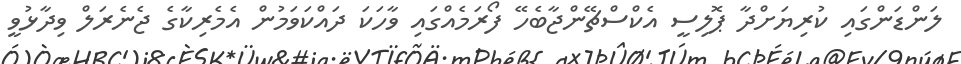
ލަންޑަންގައި ކުރިޔަށްދާ ޕޮލިސީ އެކްސްޗޭންޖާބެހޭ ފޯރަމެއްގައި ވާހަކަ ދައްކަވަމުން އެމެރިކާގެ ޖެނެރަލް ވިދާޅުވީ